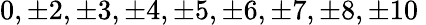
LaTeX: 0,\pm 2,\pm 3,\pm 4,\pm 5,\pm 6,\pm 7,\pm 8,\pm 10\